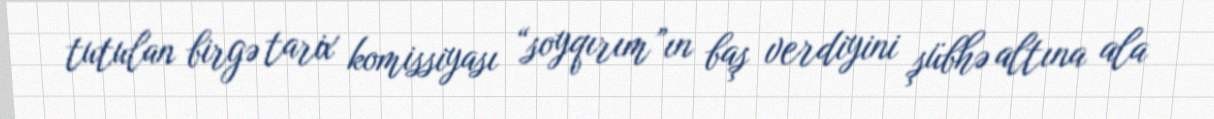
tutulan birgə tarix komissiyası “soyqırım”ın baş verdiyini şübhə altına ala